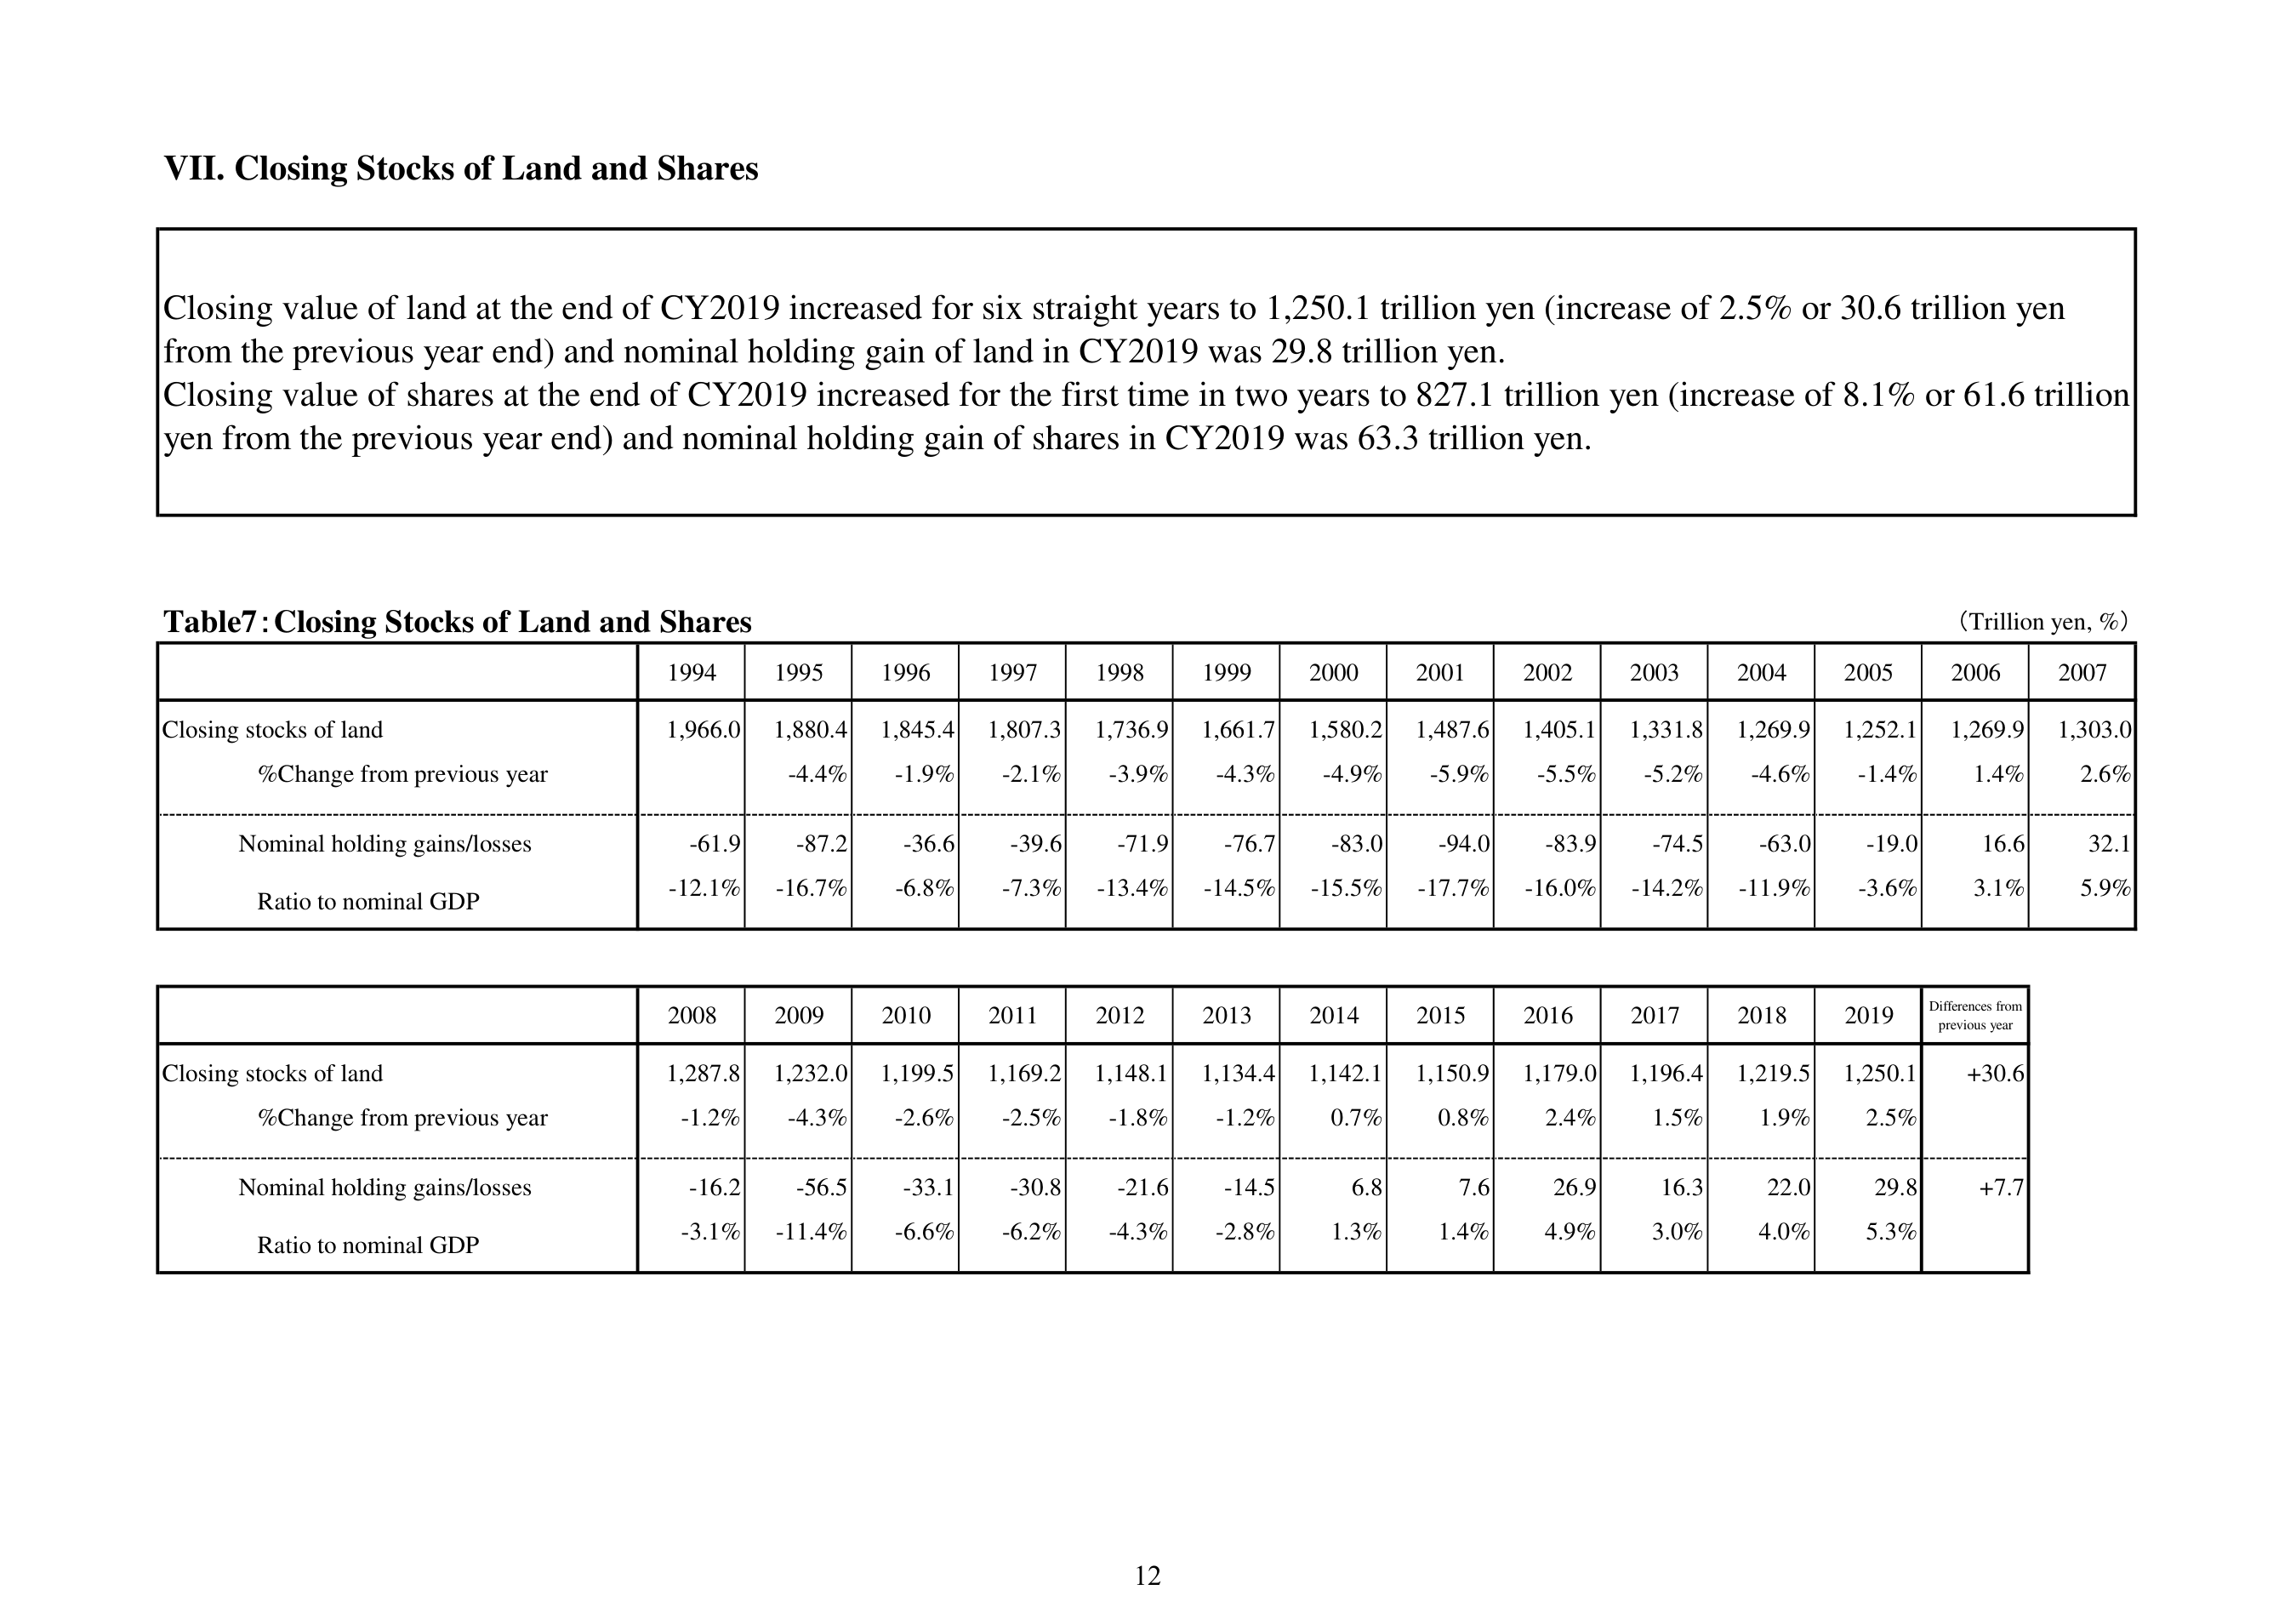
VII. Closing Stocks of Land and Shares

Closing value of land at the end of CY2019 increased for six straight years to 1,250.1 trillion yen (increase of 2.5% or 30.6 trillion yen from the previous year end) and nominal holding gain of land in CY2019 was 29.8 trillion yen.
Closing value of shares at the end of CY2019 increased for the first time in two years to 827.1 trillion yen (increase of 8.1% or 61.6 trillion yen from the previous year end) and nominal holding gain of shares in CY2019 was 63.3 trillion yen.

Table7: Closing Stocks of Land and Shares
(Trillion yen, %)

1994 1995 1996 1997 1998 1999 2000 2001 2002 2003 2004 2005 2006 2007
Closing stocks of land 1,966.0 1,880.4 1,845.4 1,807.3 1,736.9 1,661.7 1,580.2 1,487.6 1,405.1 1,331.8 1,269.9 1,252.1 1,269.9 1,303.0
%Change from previous year -4.4% -1.9% -2.1% -3.9% -4.3% -4.9% -5.9% -5.5% -5.2% -4.6% -1.4% 1.4% 2.6%
Nominal holding gains/losses -61.9 -87.2 -36.6 -39.6 -71.9 -76.7 -83.0 -94.0 -83.9 -74.5 -63.0 -19.0 16.6 32.1
Ratio to nominal GDP -12.1% -16.7% -6.8% -7.3% -13.4% -14.5% -15.5% -17.7% -16.0% -14.2% -11.9% -3.6% 3.1% 5.9%

2008 2009 2010 2011 2012 2013 2014 2015 2016 2017 2018 2019 Differences from previous year
Closing stocks of land 1,287.8 1,232.0 1,199.5 1,169.2 1,148.1 1,134.4 1,142.1 1,150.9 1,179.0 1,196.4 1,219.5 1,250.1 +30.6
%Change from previous year -1.2% -4.3% -2.6% -2.5% -1.8% -1.2% 0.7% 0.8% 2.4% 1.5% 1.9% 2.5%
Nominal holding gains/losses -16.2 -56.5 -33.1 -30.8 -21.6 -14.5 6.8 7.6 26.9 16.3 22.0 29.8 +7.7
Ratio to nominal GDP -3.1% -11.4% -6.6% -6.2% -4.3% -2.8% 1.3% 1.4% 4.9% 3.0% 4.0% 5.3%

12